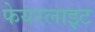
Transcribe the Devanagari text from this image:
फेयरलाइट